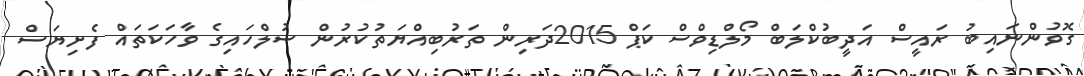
ގޮވުންނައިބު ރައީސް އަދީބުކްލަބް މޯލްޑިވްސް ކަޕް 2015ދަރިން ތަރުބިއްޔަތުކުރުން ސުލްހައިގެ ވާހަކަތައް ފެށިޔަސް